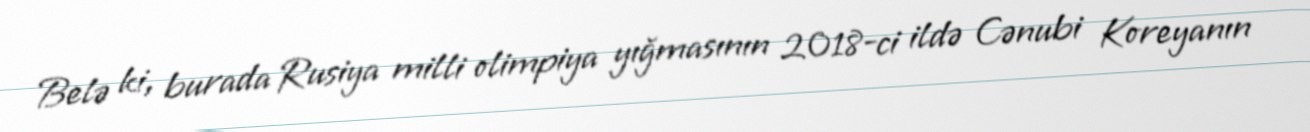
Belə ki, burada Rusiya milli olimpiya yığmasının 2018-ci ildə Cənubi Koreyanın